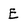
Character: E